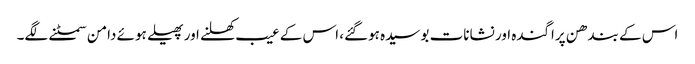
اس کے بندھن پراگندہ اور نشانات بوسیدہ ہوگئے، اس کے عیب کھلنے اور پھیلے ہوئے دامن سمٹنے لگے۔